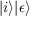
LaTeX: | i \rangle | \epsilon \rangle